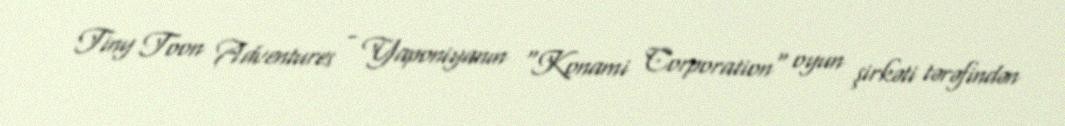
Tiny Toon Adventures - Yaponiyanın "Konami Corporation" oyun şirkəti tərəfindən